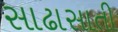
સાઢાસાતી